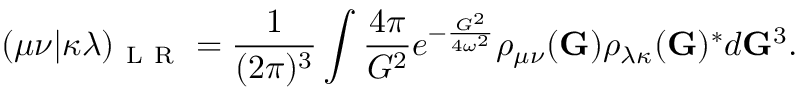
( \mu \nu | \kappa \lambda ) _ { \mathrm { ~ L ~ R ~ } } = \frac { 1 } { ( 2 \pi ) ^ { 3 } } \int \frac { 4 \pi } { G ^ { 2 } } e ^ { - \frac { G ^ { 2 } } { 4 \omega ^ { 2 } } } \rho _ { \mu \nu } ( \mathbf { G } ) \rho _ { \lambda \kappa } ( \mathbf { G } ) ^ { * } d \mathbf { G } ^ { 3 } .